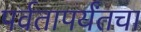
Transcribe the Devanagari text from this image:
पर्वतापर्यंतचा